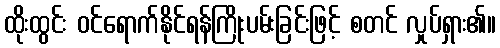
ထိုးထွင်း ဝင်ရောက်နိုင်ရန်ကြိုးပမ်းခြင်းဖြင့် စတင် လှုပ်ရှား၏။